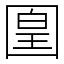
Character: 𡈁